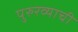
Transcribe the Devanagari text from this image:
पुरुरव्याची